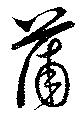
蒲